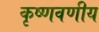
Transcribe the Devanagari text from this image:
कृष्णवणीय